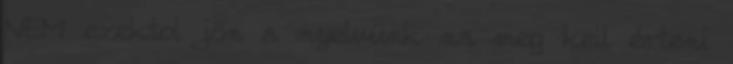
NEM ezektol jön a nyelvünk na meg kell érteni